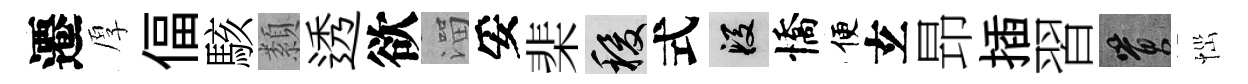
遷厚偪駭纇透欲溜妥棐稷式段憍便𤣥昻插習篔𢙉